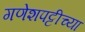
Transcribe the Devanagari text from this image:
गणेशपट्टीच्या